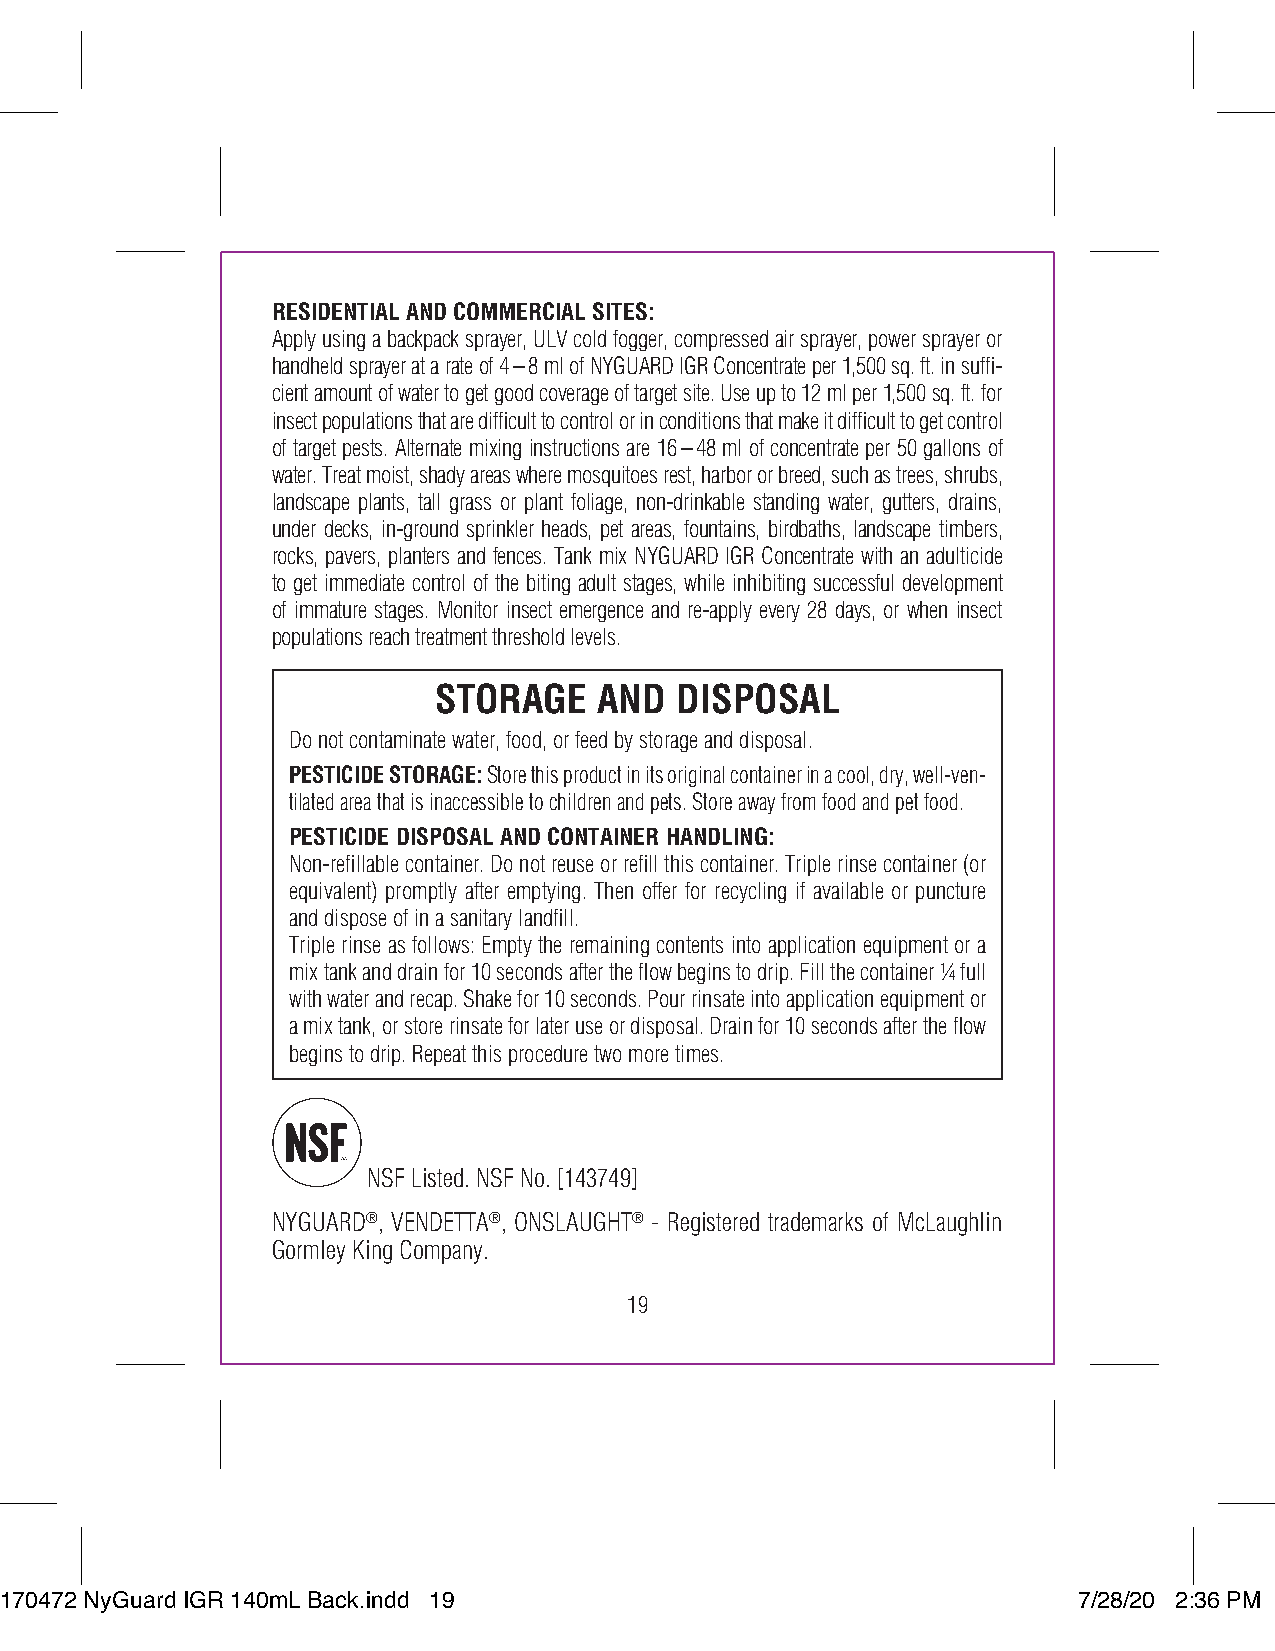
RESIDENTIAL AND COMMERCIAL SITES:
 Apply using a backpack sprayer, ULV cold fogger, compressed air sprayer, power sprayer or
 handheld sprayer at a rate of 4–8 ml of NYGUARD IGR Concentrate per 1,500 sq. ft. in suffi-
 cient amount of water to get good coverage of target site. Use up to 12 ml per 1,500 sq. ft. for
 insect populations that are difficult to control or in conditions that make it difficult to get control
 of target pests. Alternate mixing instructions are 16–48 ml of concentrate per 50 gallons of
 water. Treat moist, shady areas where mosquitoes rest, harbor or breed, such as trees, shrubs,
 landscape plants, tall grass or plant foliage, non-drinkable standing water, gutters, drains,
 under decks, in-ground sprinkler heads, pet areas, fountains, birdbaths, landscape timbers,
 rocks, pavers, planters and fences. Tank mix NYGUARD IGR Concentrate with an adulticide
 to get immediate control of the biting adult stages, while inhibiting successful development
 of immature stages. Monitor insect emergence and re-apply every 28 days, or when insect
 populations reach treatment threshold levels.
 STORAGE    AND  DISPOSAL
 Do not contaminate water, food, or feed by storage and disposal.
 PESTICIDE STORAGE: Store this product in its original container in a cool, dry, well-ven-
 tilated area that is inaccessible to children and pets. Store away from food and pet food.
 PESTICIDE DISPOSAL AND CONTAINER HANDLING:
 Non-refillable container. Do not reuse or refill this container. Triple rinse container (or
 equivalent) promptly after emptying. Then offer for recycling if available or puncture
 and dispose of in a sanitary landfill.
 Triple rinse as follows: Empty the remaining contents into application equipment or a
 mix tank and drain for 10 seconds after the flow begins to drip. Fill the container ¼ full
 with water and recap. Shake for 10 seconds. Pour rinsate into application equipment or
 a mix tank, or store rinsate for later use or disposal. Drain for 10 seconds after the flow
 begins to drip. Repeat this procedure two more times.
 NSF Listed. NSF No. [143749]
 NYGUARD®, VENDETTA®, ONSLAUGHT® - Registered trademarks of McLaughlin
 Gormley King Company.
 19
 117700447722 NNyyGGuuaarrdd IIGGRR 114400mmLL BBaacckk..iinndddd 1199  77//2288//2200 22::3366 PPMM